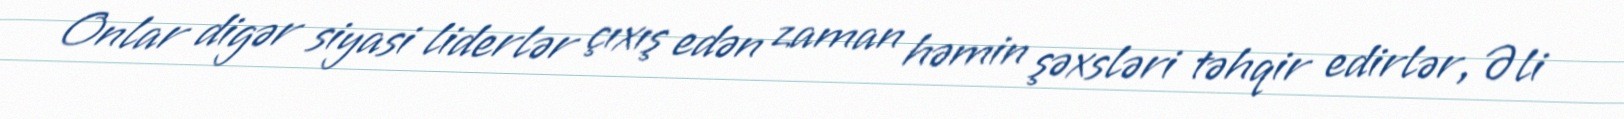
Onlar digər siyasi liderlər çıxış edən zaman həmin şəxsləri təhqir edirlər, Əli